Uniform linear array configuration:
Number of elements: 48
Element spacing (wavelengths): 0.25
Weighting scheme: blackman
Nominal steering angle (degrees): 30
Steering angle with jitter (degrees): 29.39
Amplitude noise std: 0.05
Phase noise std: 0.05

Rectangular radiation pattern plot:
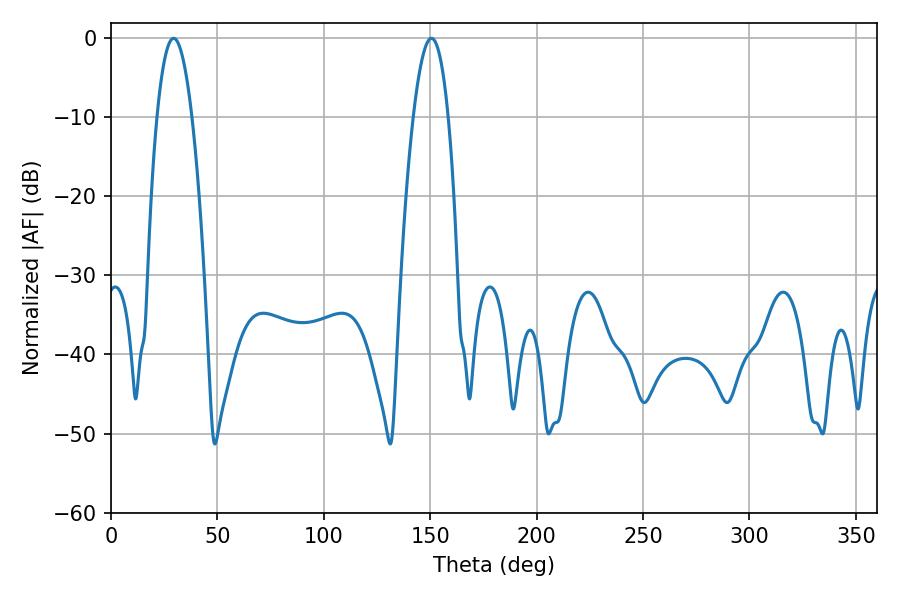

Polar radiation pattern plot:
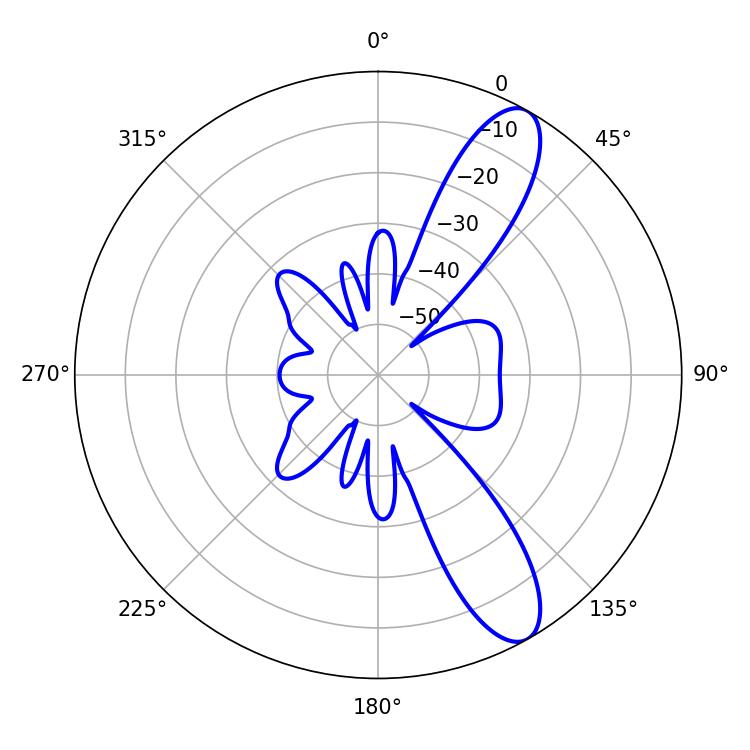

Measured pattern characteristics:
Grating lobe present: FALSE
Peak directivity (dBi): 10.773
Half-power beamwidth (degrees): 9
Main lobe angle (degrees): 29.34